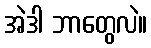
အဲဒါ ဘာတွေလဲ။